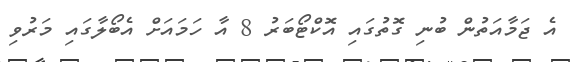
އެ ޖަމާއަތުން ބުނި ގޮތުގައި އޮކްޓޯބަރު 8 އާ ހަމައަށް އެބޯލާގައި މަރުވި